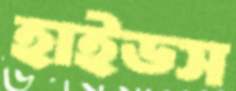
হাইডস